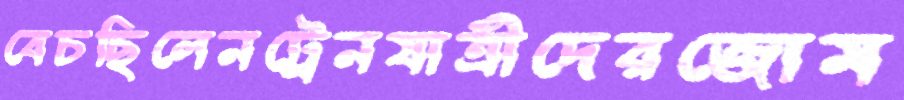
বেচছিলেনট্রেনযাত্রীদেরজোম